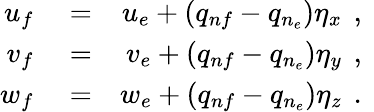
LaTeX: \begin{array}{rlr}{u_{f}}&{{}=}&{u_{e}+(q_{nf}-q_{n_{e}})\eta_{x}\, \mathrm{~,~}}\\ {v_{f}}&{{}=}&{v_{e}+(q_{nf}-q_{n_{e}})\eta_{y}\, \mathrm{~,~}}\\ {w_{f}}&{{}=}&{w_{e}+(q_{nf}-q_{n_{e}})\eta_{z}\, \mathrm{~.~}}\end{array}